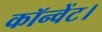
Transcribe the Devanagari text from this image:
कॉन्वेंट।